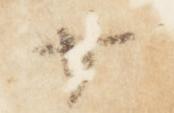
廿